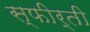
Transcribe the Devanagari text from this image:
स्फीर्ती